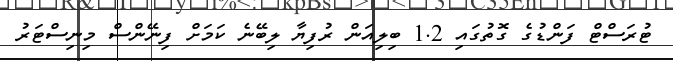
ޓުރަސްޓް ފަންޑުގެ ގޮތުގައި 1.2 ބިލިއަން ރުފިޔާ ލިބޭނެ ކަމަށް ފިނޭންސް މިނިސްޓަރު